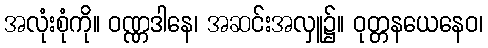
အလုံးစုံကို။ ဝဏ္ဏဒါနေ၊ အဆင်းအလှူ၌။ ဝုတ္တနယေနေဝ၊